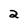
Character: 2